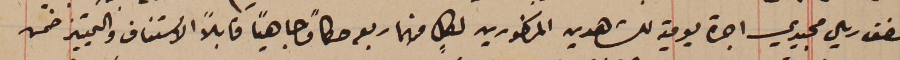
نصف ريال مجيدي اجرة يومية للشاهدين المذكورين لكلٍ منهما ربعه حكماً وجاهيًا قابلاً الاستناف والتمييز ضمن